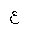
Letter: _ayn